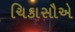
ચિકાસૌએ